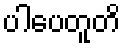
ပါပေတူတိ